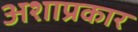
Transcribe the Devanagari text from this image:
अशाप्रकार